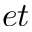
e t